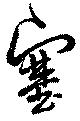
塞